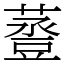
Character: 𧯷